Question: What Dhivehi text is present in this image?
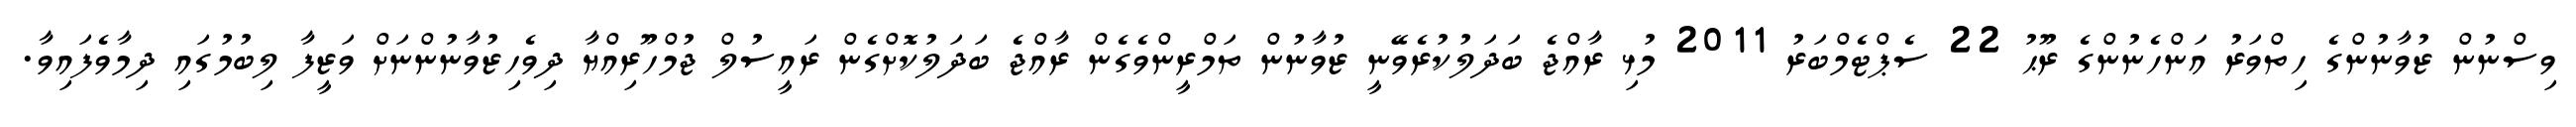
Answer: ވިސްނުން ޒުވާނުންގެ ހިތްވަރު އަންހެނުންގެ ރޫޙު 22 ސެޕްޓެމްބަރު 2011 މުޅި ރާއްޖެ ބަދަލުކުރެވޭނީ ޒުވާނުން ތަމްރީންވެގެން ރާއްޖެ ބަދަލުކޮށްގެން ރައީސުލް ޖުމްހޫރިއްޔާ ދިވެހިޒުވާނުންނަށް ވަޒީފާ ލިބުމުގައި ދިމާވެފައިވާ.